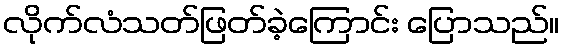
လိုက်လံသတ်ဖြတ်ခဲ့ကြောင်း ပြောသည်။